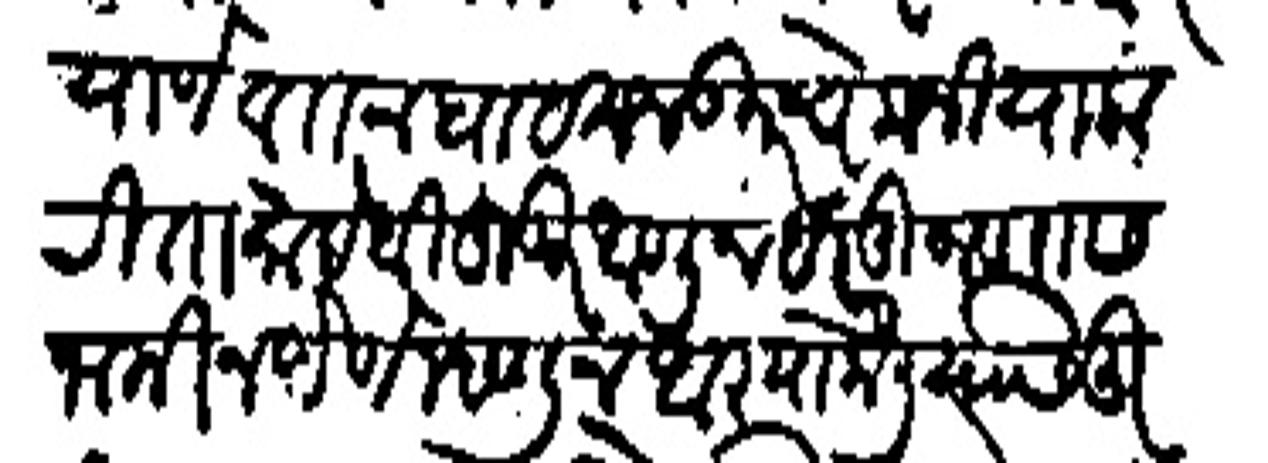
Transliteration (Devanagari): याणे वतन घाट मजकूराचे कजीया करीता साहेबी हुजूर आणून हर दू जणास जामीन देणे म्हणून आज्ञा केली यास तु